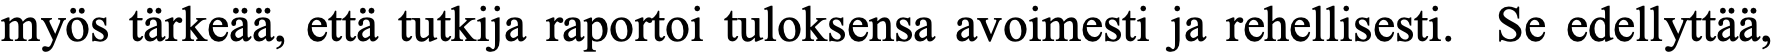
myös tärkeää, että tutkija raportoi tuloksensa avoimesti ja rehellisesti. Se edellyttää,